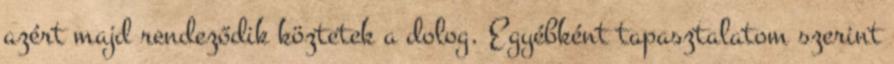
azért majd rendeződik köztetek a dolog. Egyébként tapasztalatom szerint